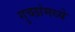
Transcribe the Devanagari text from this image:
गुच्छांमध्ये